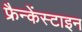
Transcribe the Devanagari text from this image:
फ्रैन्केंस्टाइन